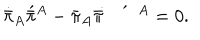
LaTeX: \dot { \bar { \pi } } _ { A } \acute { \bar { \pi } } { } ^ { A } - \bar { \pi } _ { A } \bar { \pi } \! \! \dot { \vphantom { \bar { \pi } } } \hspace { 1 . 6 e x } \acute { \vphantom { \bar { \pi } } } \, \, \, { } ^ { A } = 0 .